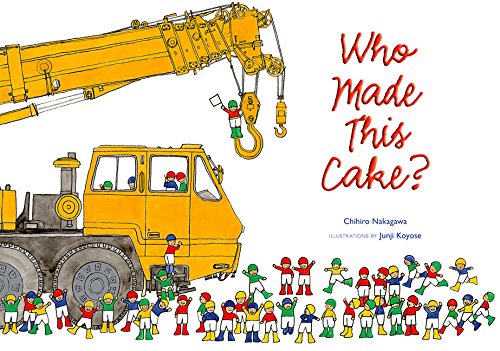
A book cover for Who Made This Cake?; Chihiro Nakagawa; Children's Books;